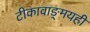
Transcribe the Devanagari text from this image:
टीकावाङ्‌मयही